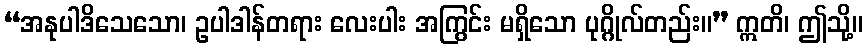
“အနုပါဒိသေသော၊ ဥပါဒါန်တရား လေးပါး အကြွင်း မရှိသော ပုဂ္ဂိုလ်တည်း။” ဣတိ၊ ဤသို့။